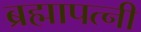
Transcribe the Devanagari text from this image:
ब्रह्मापत्नी